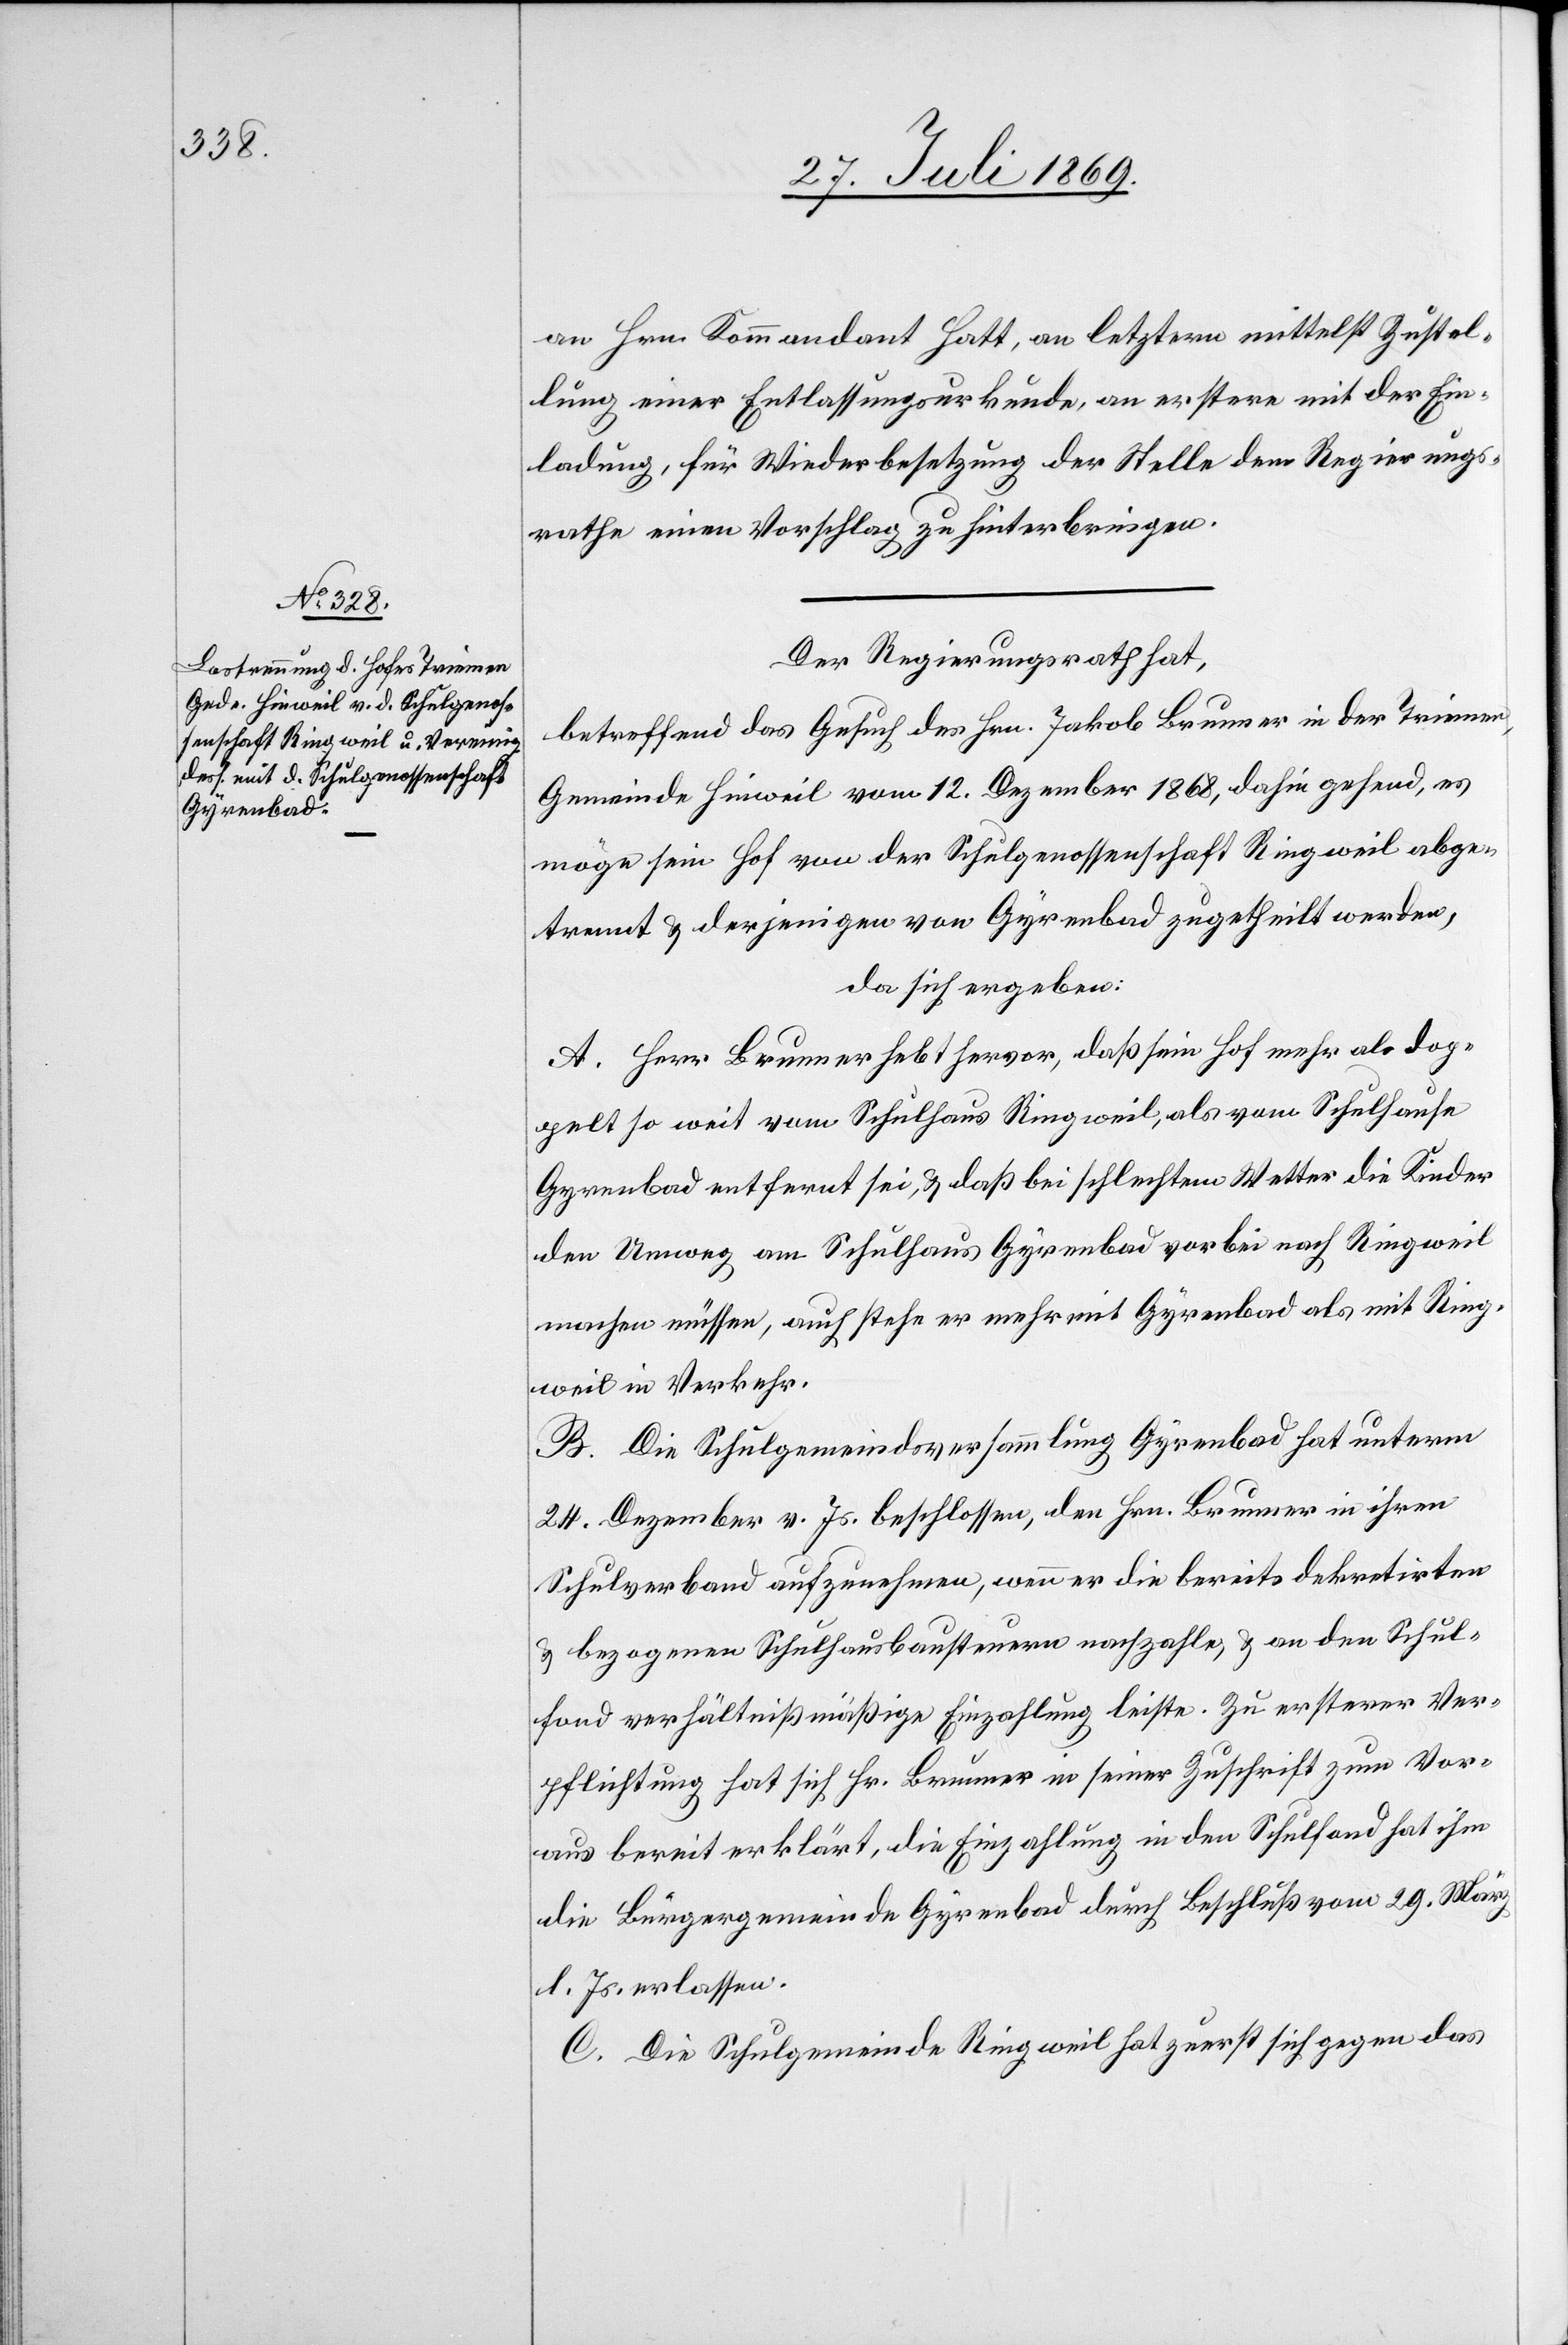
an Hrn. Kommandant Hatt, an letztern mittelst Zustel¬
lung einer Entlassungsurkunde, an erstere mit der Ein¬
ladung, für Wiederbesetzung der Stelle dem Regierungs¬
rathe einen Vorschlag zu hinterbringen.
Der Regierungsrath hat,
betreffend das Gesuch des Hrn. Jakob Brunner in der Triemen,
Gemeinde Hinweil vom 12 Dezember 1868, dahin gehend, es
möge sein Hof von der Schulgenossenschaft Ringweil abge¬
trennt u. derjenigen von Gyrenbad zugetheilt werden,
da sich ergeben:
A. Herr Brunner hebt hervor, daß sein Hof mehr als dop¬
pelt so weit vom Schulhaus Ringweil, als vom Schulhause
Gyrenbad entfernt sei, u. daß bei schlechtem Wetter die Kinder
den Umweg am Schulhaus Gyrenbad vorbei nach Ringweil
machen müssen, auch stehe er mehr mit Gyrenbad als mit Ring¬
weil in Verkehr.
B. Die Schulgemeindsversammlung Gyrenbad hat unterm
24 Dezember v. Js. beschlossen, den Hrn. Brunner in ihrem
Schulverbande aufzunehmen, wenn er die bereits dekretirten
u. bezogenen Schulhausbausteuern nachzahle, u. an den Schul¬
fond verhältnißmäßige Einzahlung leiste. Zu ersterer Ver¬
pflichtung hat sich Hr. Brunner in seiner Zuschrift zum Vor¬
aus bereit erklärt, die Einzahlung in den Schulfond hat ihm
die Bürgergemeinde Gyrenbad durch Beschluß vom 29 März
d. Js. erlassen.
C. Die Schulgemeinde Ringweil hat zuerst sich gegen das